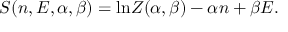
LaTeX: S ( n , E , \alpha , \beta ) = \mathrm { l n } Z ( \alpha , \beta ) - \alpha n + \beta E .